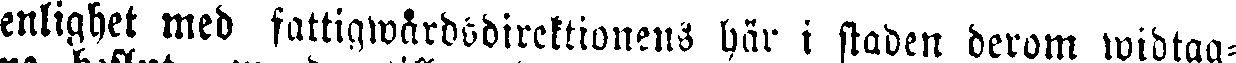
enlighet med fattigwårdadirektionens här i staden derom widtag-